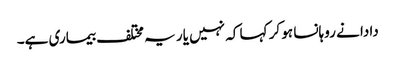
دادا نے روہانسا ہو کر کہا کہ نہیں یار یہ مختلف بیماری ہے۔